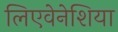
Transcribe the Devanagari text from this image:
लिएवेनेशिया